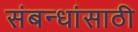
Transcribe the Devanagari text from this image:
संबन्धांसाठी